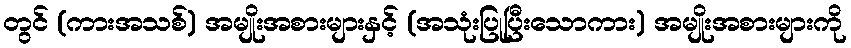
တွင် (ကားအသစ်) အမျိုးအစားများနှင့် (အသုံးပြုပြီးသောကား) အမျိုးအစားများကို